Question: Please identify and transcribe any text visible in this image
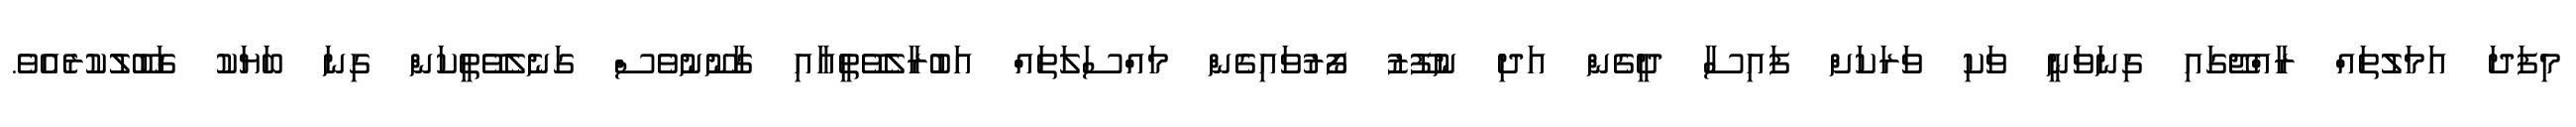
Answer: މިފަދަ އަމަލުތައް ރާއްޖޭގައި ގިނަވަނީ ވަކި ވަރަކަށް ފައިސާ ދީގެން އަދި ނުފޫޒު ފޯރުވައިގެން މައްސަލަތައް އަބުރާލެވޭތީއާއި ގާނޫނުވެސް ގަނެލެވޭތީކަން ގިނަ ބަޔަކު ގަބޫލުކުރެއެވެ.